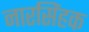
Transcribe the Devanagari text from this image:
नारसिंहक